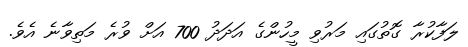
ލަފާކުރާ ގޮތުގައި މަރުވި މީހުންގެ އަދަދު 700 އަށް ވުރެ މަތިވާނެ އެވެ.